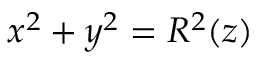
x ^ { 2 } + y ^ { 2 } = R ^ { 2 } ( z )